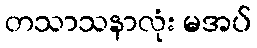
တသာသနာလုံး မအပ်